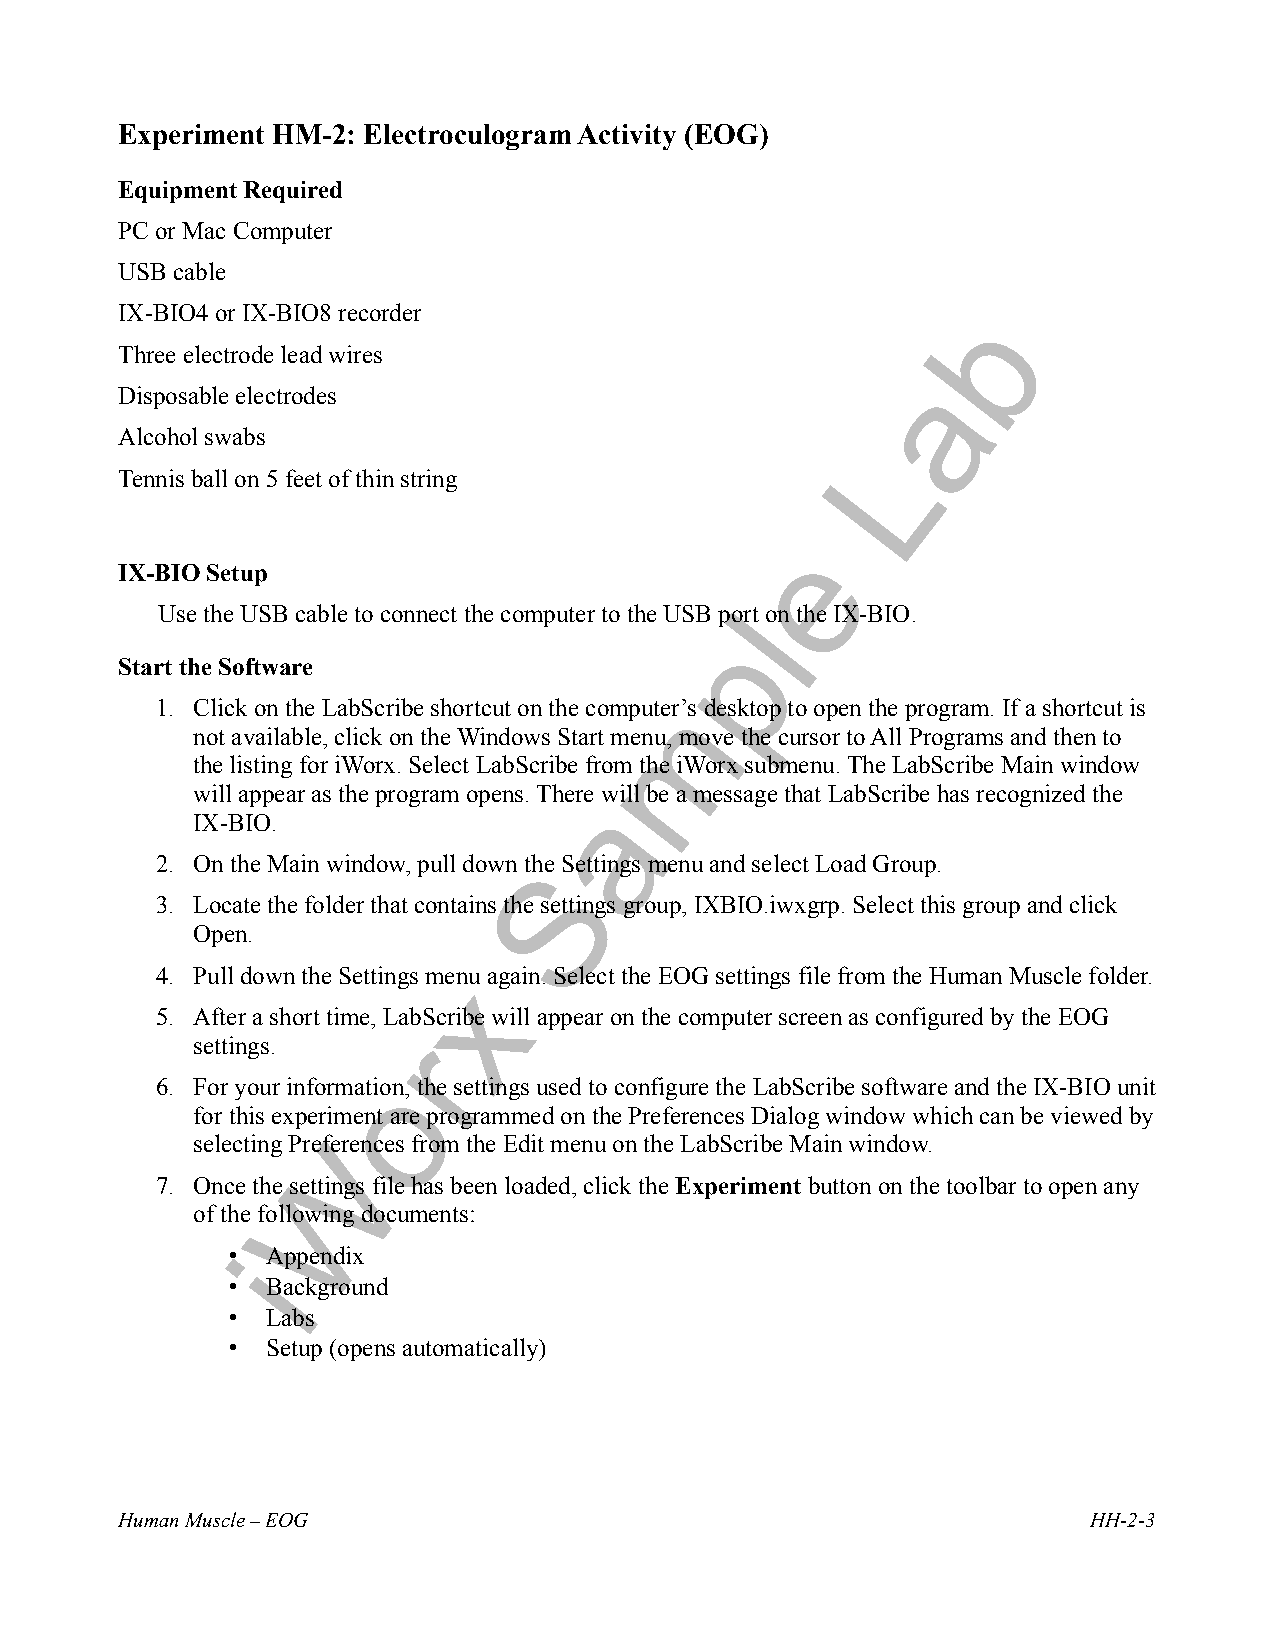
Experiment HM-2: Electroculogram Activity (EOG)
 Equipment Required
 PC or Mac Computer
 USB cable
 IX-BIO4 or IX-BIO8 recorder
 Three electrode lead wires
 Disposable electrodes
 Alcohol swabs
 Tennis ball on 5 feet of thin string
 IX-BIO Setup
 Use the USB cable to connect the computer to the USB port on the IX-BIO.
 Start the Software
 1. Click on the LabScribe shortcut on the computer’s desktop to open the program. If a shortcut is
 not available, click on the Windows Start menu, move the cursor to All Programs and then to
 the listing for iWorx. Select LabScribe from the iWorx submenu. The LabScribe Main window
 will appear as the program opens. There will be a message that LabScribe has recognized the
 IX-BIO.
 2. On the Main window, pull down the Settings menu and select Load Group.
 3. Locate the folder that contains the settings group, IXBIO.iwxgrp. Select this group and click
 Open.
 4. Pull down the Settings menu again. Select the EOG settings file from the Human Muscle folder.
 5. After a short time, LabScribe will appear on the computer screen as configured by the EOG
 settings.
 6. For your information, the settings used to configure the LabScribe software and the IX-BIO unit
 for this experiment are programmed on the Preferences Dialog window which can be viewed by
 selecting Preferences from the Edit menu on the LabScribe Main window.
 7. Once the settings file has been loaded, click the Experiment button on the toolbar to open any
 of the following documents:
 •  Appendix
 •  Background
 •  Labs
 •  Setup (opens automatically)
 Human Muscle – EOG                                              HH-2-3
 i
 W
 o
 r
 x
 S
 a
 m
 p
 l
 e
 L
 a
 b